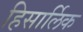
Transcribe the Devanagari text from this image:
हिसार्लिक